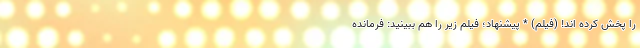
را پخش کرده اند! (فیلم) * پیشنهاد؛ فیلم‌ زیر را هم ببینید: فرمانده